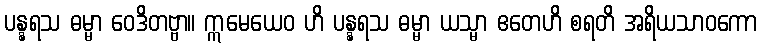
ပန္နရသ ဓမ္မာ ဝေဒိတဗ္ဗာ။ ဣမေယေဝ ဟိ ပန္နရသ ဓမ္မာ ယသ္မာ ဧတေဟိ စရတိ အရိယသာဝကော